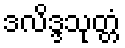
ဒလိဒ္ဒသုတ္တံ